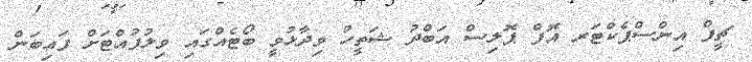
ޗީފް އިންސްޕެކްޓަރ އޮފް ޕޮލިސް އަބްދު ޝަތީހު ވިދާޅުވީ ބޯޓެއްގައި ވިލުފުއްޓަށް ފައިބަން